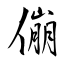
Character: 傰